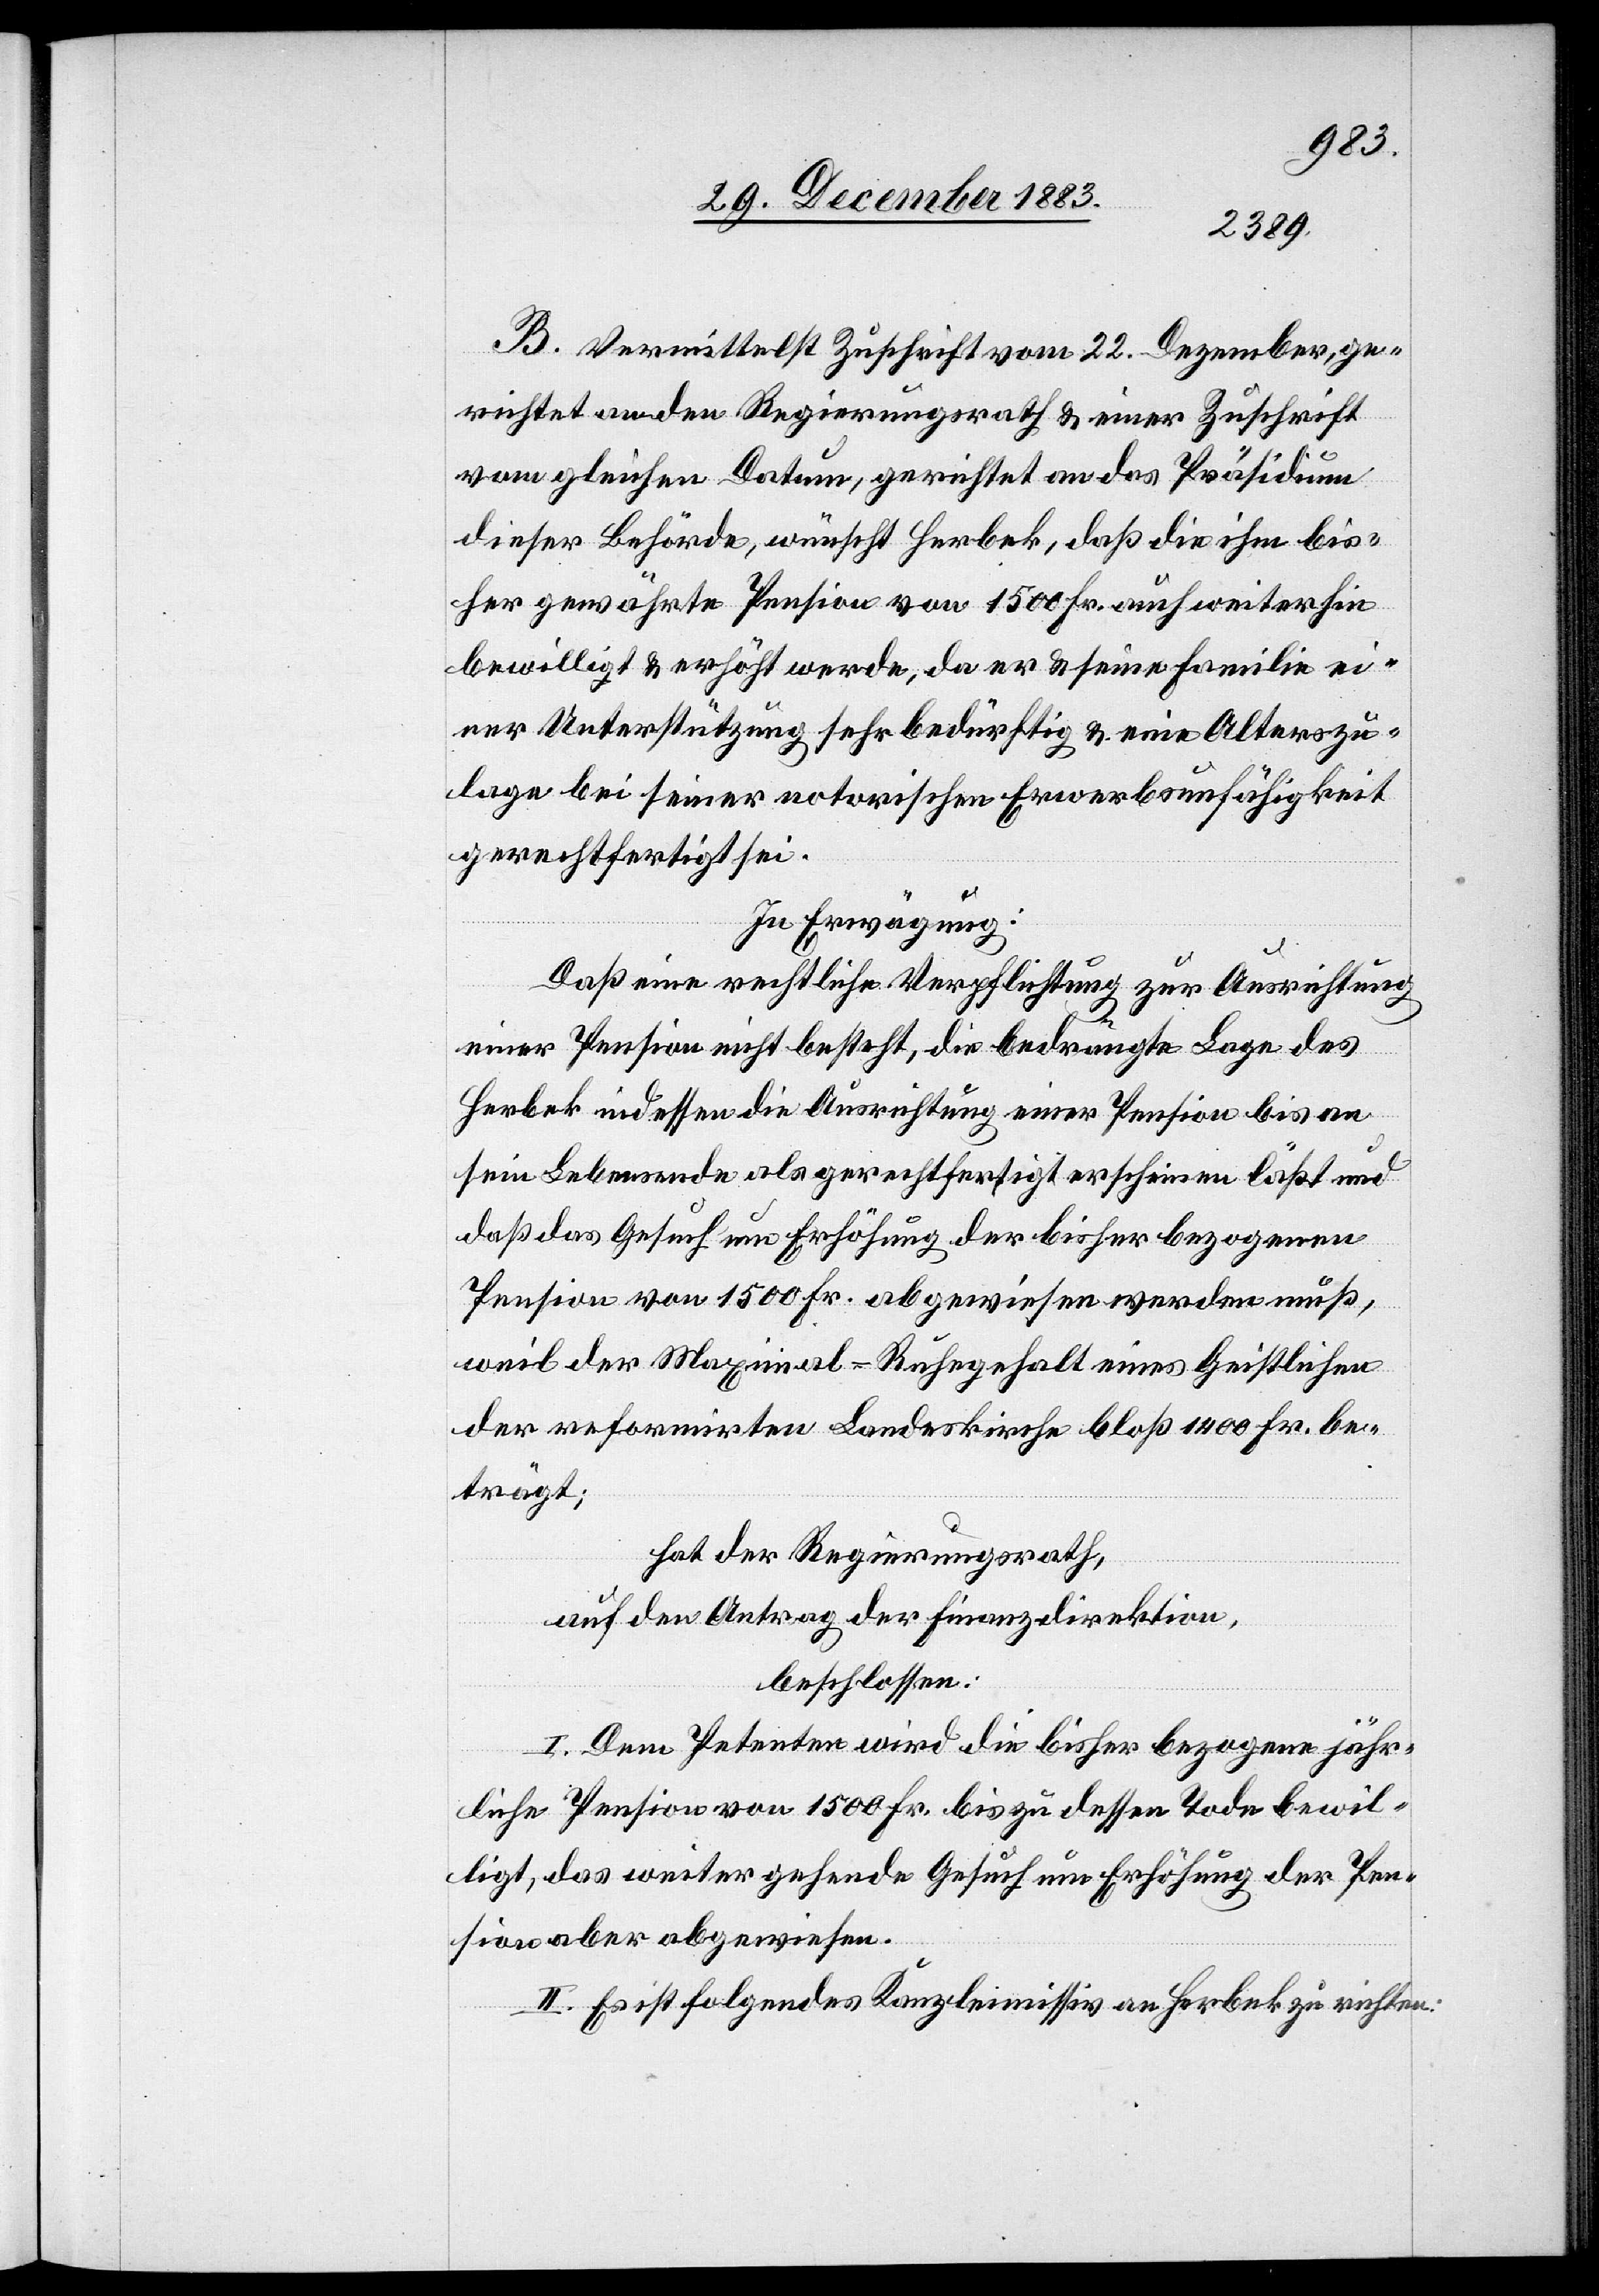
B. Vermittelst Zuschrift vom 22. Dezember, ge¬
richtet an den Regierungsrath & einer Zuschrift
vom gleichen Datum, gerichtet an das Präsidium
dieser Behörde, wünscht Herbek, daß die ihm bis¬
her gewährte Pension von 1500 Fr. auch weiterhin
bewilligt & erhöht werde, da er & seine Familie ei¬
ner Unterstützung sehr bedürftig & eine Alterszu¬
lage bei seiner notorischen Erwerbsunfähigkeit
gerechtfertigt sei.
In Erwägung:
Daß eine rechtliche Verpflichtung zur Ausrichtung
einer Pension nicht besteht, die bedrängte Lage des
Herbek indessen die Ausrichtung einer Pension bis an
sein Lebensende als gerechtfertigt erscheinen läßt und
daß das Gesuch um Erhöhung der bisher bezogenen
Pension von 1500 Fr. abgewiesen werden muß,
weil der Maximal-Ruhegehalt eines Geistlichen
der reformirten Landeskirche bloß 1400 Fr. be¬
trägt;
hat der Regierungsrath,
auf den Antrag der Finanzdirektion,
beschlossen:
I. Dem Petenten wird die bisher bezogene jähr¬
liche Pension von 1500 Fr. bis zu dessen Tode bewil¬
ligt, das weitergehende Gesuch um Erhöhung der Pen¬
sion aber abgewiesen.
II. Es ist folgendes Kanzleimissiv an Herbek zu richten: